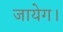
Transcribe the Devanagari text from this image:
जायेग।